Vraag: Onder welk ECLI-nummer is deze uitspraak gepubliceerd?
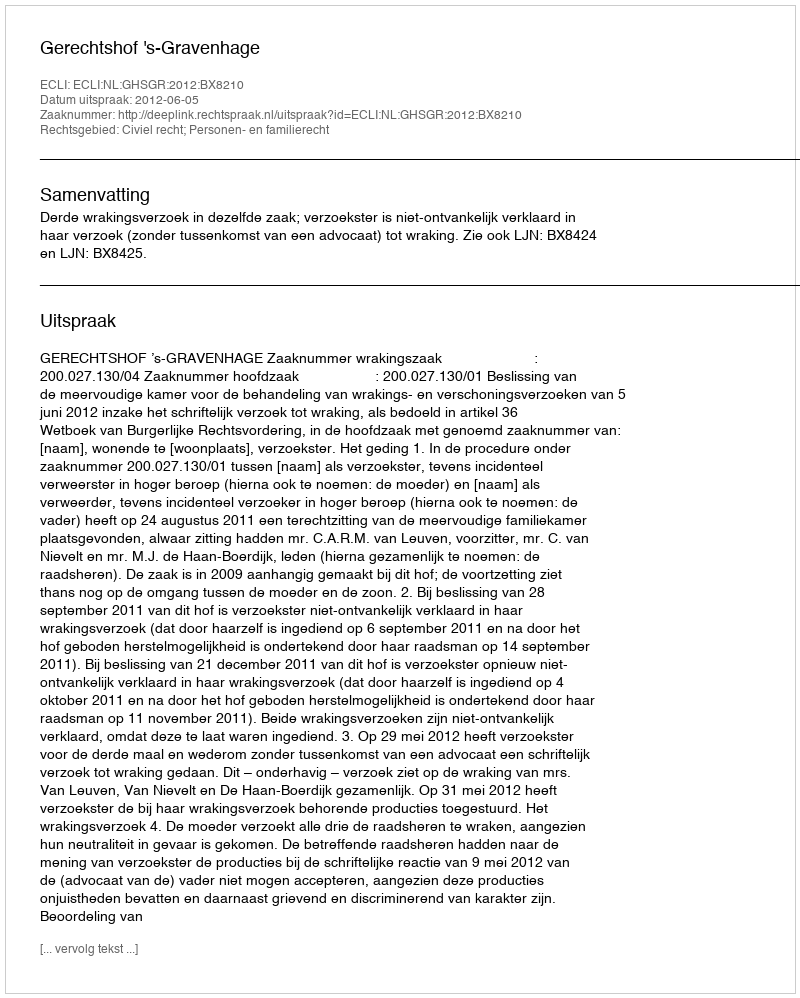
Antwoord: ECLI:NL:GHSGR:2012:BX8210